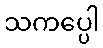
သကပ္ပေါ